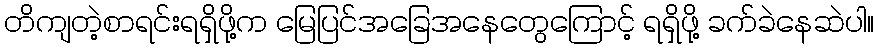
တိကျတဲ့စာရင်းရရှိဖို့က မြေပြင်အခြေအနေတွေကြောင့် ရရှိဖို့ ခက်ခဲနေဆဲပါ။